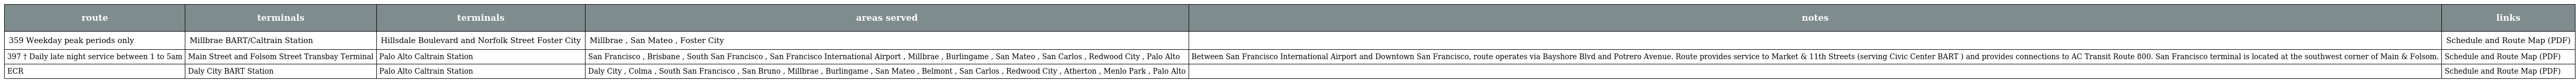
| route | terminals | terminals | areas served | notes | links |
 | --- | --- | --- | --- | --- | --- |
 | 359 Weekday peak periods only | Millbrae BART/Caltrain Station | Hillsdale Boulevard and Norfolk Street Foster City | Millbrae , San Mateo , Foster City |  | Schedule and Route Map (PDF) |
 | 397 † Daily late night service between 1 to 5am | Main Street and Folsom Street Transbay Terminal | Palo Alto Caltrain Station | San Francisco , Brisbane , South San Francisco , San Francisco International Airport , Millbrae , Burlingame , San Mateo , San Carlos , Redwood City , Palo Alto | Between San Francisco International Airport and Downtown San Francisco, route operates via Bayshore Blvd and Potrero Avenue. Route provides service to Market & 11th Streets (serving Civic Center BART ) and provides connections to AC Transit Route 800. San Francisco terminal is located at the southwest corner of Main & Folsom. | Schedule and Route Map (PDF) |
 | ECR | Daly City BART Station | Palo Alto Caltrain Station | Daly City , Colma , South San Francisco , San Bruno , Millbrae , Burlingame , San Mateo , Belmont , San Carlos , Redwood City , Atherton , Menlo Park , Palo Alto |  | Schedule and Route Map (PDF) |